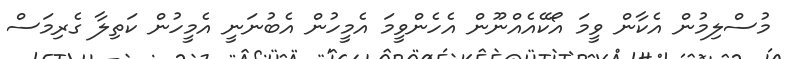
މުސްލިމުން އެކާން ވީމަ އޯކޭއެއްނޫން އެހެންވީމަ އެމީހުން އެބުނަނީ އެމީހުން ކަތިލާ ގެރިމަސް